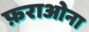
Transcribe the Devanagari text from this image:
फ़राओना